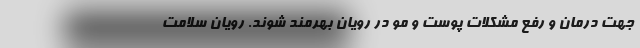
جهت درمان و رفع مشکلات پوست و مو در رویان بهرمند شوند. رویان سلامت